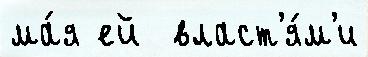
ма́я ей  власт'я́м'и